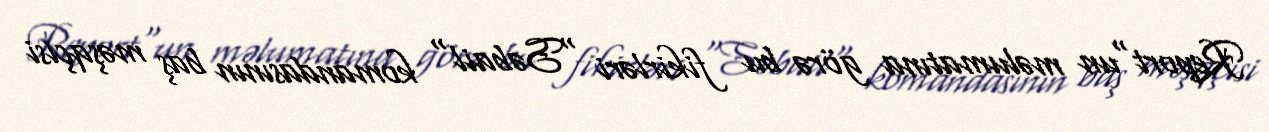
Report"un məlumatına görə bu fikirləri "Səbail" komandasının baş məşqçisi